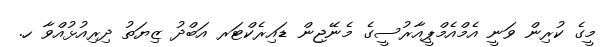
މީގެ ކުރިން ވަނީ އެމްއެމްޕީއާރުސީގެ މެނޭޖިން ޑައިރެކްޓަރ އަބްދު ޒިޔަތު ދިރިއުޅުއްވާ ހ.